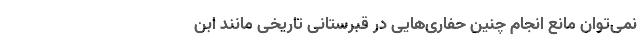
نمی‌توان مانع انجام چنین حفاری‌هایی در قبرستانی تاریخی مانند ابن